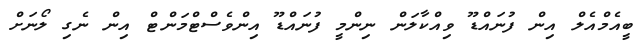
ބީއެމްއެލް އިން ފުނައްޑޫ ވިއްކާލަން ނިންމީ ފުނައްޑޫ އިންވެސްޓްމަންޓް އިން ނެގި ލޯނަށް